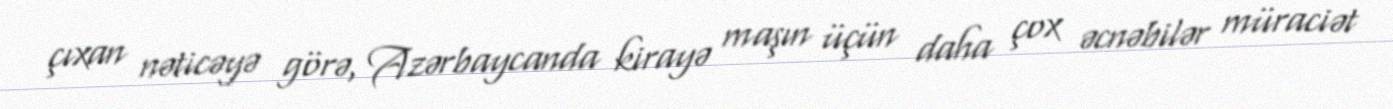
çıxan nəticəyə görə, Azərbaycanda kirayə maşın üçün daha çox əcnəbilər müraciət